Lunatic asylums Punjab 1895-1910 - 1895-1910
Year: 1895
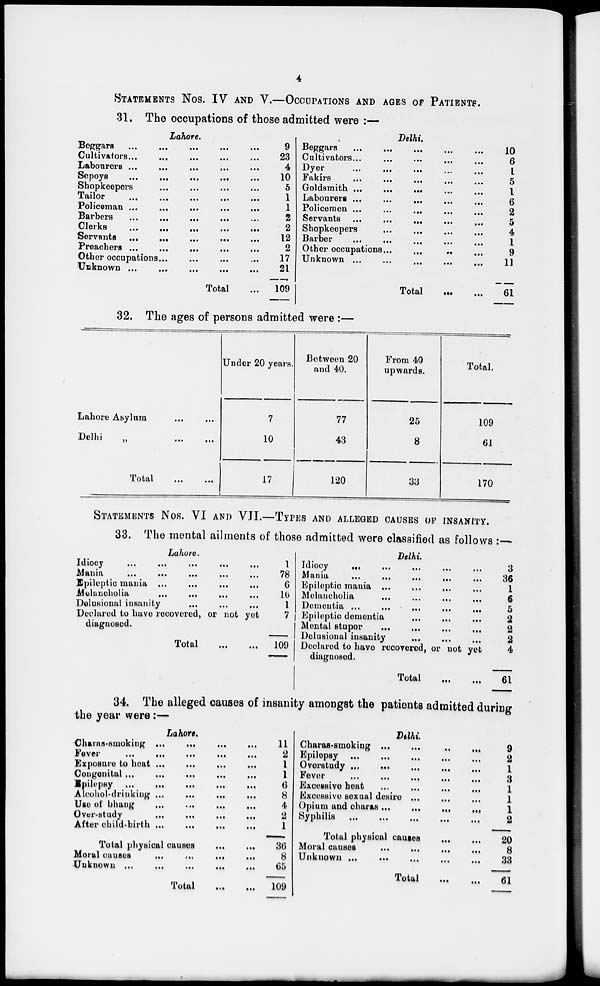
4
STATEMENTS NOS. IV AND V.—OCCUPATIONS AND AGES OF PATIENTS.
31.
The occupations of those admitted were :—
Lahore.
Beggars
...
...
...
...
Cultivators
...
...
...
...
Labourers
...
...
...
...
Sepoys
...
...
...
...
Shopkeepers
...
...
...
...
Tailor
...
...
...
...
Policeman
...
...
...
...
Barbers
...
...
...
...
Clerks
...
...
...
...
Servants
...
...
...
...
Preachers
...
...
...
...
Other occupations
...
...
...
Unknown
...
...
...
...
Total ...
9
23
4
10
5 1 1
2
2
12
2
17
21
109
Delhi
Beggars
...
...
...
...
Cultivators
...
...
...
...
Dyer
...
...
...
...
Fakirs
...
...
...
...
Goldsmith
...
...
...
...
Labourers
...
...
...
...
Policemen ... ... ... ...
Servants
...
...
...
...
shopkeepers ... ... ... ...
Barber
...
...
...
...
Other occupations
...
...
...
Unknown
...
...
...
...
Total
...
...
10
6
1
5 1 6 2 5 4
1
9 11
61
32.
The ages of persons admitted were :—
Lahore Asylum
...
...
Delhi „ ... ...
Total
...
...
Under 20 years.
7
10
17
Between 20
and 40.
77
43
120
From 40
upwards.
25
8
33
Total.
109
61
170
STATEMENT NOS. VI AND VII.—TYPES AND ALLEGED CAUSES OF INSANITY.
33.
The mental ailments of those admitted were classified as follows :—
Lahore.
Idiocy ... ... ... ...
Mania
...
...
...
...
Epileptic mania
...
...
...
...
Melancholia
...
...
...
...
Delusional insanity
...
...
...
...
Declared to have recovered, or not yet
diagnosed.
Total
...
...
1
78 6
16 1
7
109
Delhi.
Idiocy ... ... ... ...
Mania ... ... ... ...
Epileptic mania
...
...
...
...
Melancholia ... ... ... ...
Dementia
...
...
...
...
Epileptic dementia
...
...
...
...
Mental stupor
...
...
...
...
Delusional insanity
...
...
...
...
Declared to have recovered, or not yet
diagnosed.
Total
...
...
3
36
1
6
5
2
2
2
4
61
34.
The alleged causes of insanity amongst the patients admitted during
the year were:—
Lahore.
Chares-smoking
...
...
...
...
Fever
...
...
...
...
Exposure to beat
...
...
...
...
Congenital
...
...
...
...
Epilepsy
...
...
...
...
Alcohol-drinking
...
...
...
...
Use of bhang
...
...
...
...
Over-study
...
...
...
...
After
child-birth
...
...
...
...
Total physical causes
...
...
Moral causes
...
...
...
...
Unknown
...
...
...
...
Total
...
...
11
2 1
1
6 8
4
2
1
36
8
65
109
Delhi.
Charas-smoking
...
...
...
...
Epilepsy ... ... ... ...
Overstudy
...
...
...
...
Fever
...
...
...
...
Excessive
heat
...
...
...
...
Excessive Sexual desire
...
...
...
Opium and charas
...
...
...
...
Syphilis
...
...
...
...
Total physical causes
...
...
Moral causes
...
...
...
...
Unknown
...
...
...
...
Total
...
...
9
2 1
3
1
1
1
2
20
8
33
61